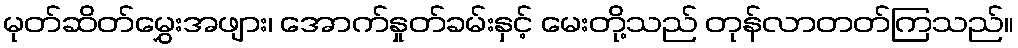
မုတ်ဆိတ်မွှေးအဖျား၊ အောက်နှုတ်ခမ်းနှင့် မေးတို့သည် တုန်လာတတ်ကြသည်။